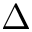
\Delta